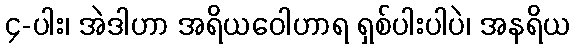
၄-ပါး၊ အဲဒါဟာ အရိယဝေါဟာရ ရှစ်ပါးပါပဲ၊ အနရိယ